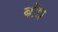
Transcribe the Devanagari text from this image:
बाॅध